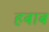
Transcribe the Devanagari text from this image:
हबाब